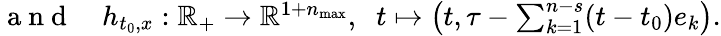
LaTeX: \begin{array}{rl}{\mathrm{~a~n~d~}}&{{}h_{t_{0},x}:\mathbb{R}_{+}\to\mathbb{R}^{1+n_{\operatorname*{max}}},\; \; t\mapsto\left(t,\tau-\sum_{k=1}^{n-s}(t-t_{0})e_{k}\right).}\end{array}